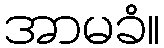
အာမခံ။